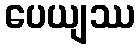
ပေယျဿ